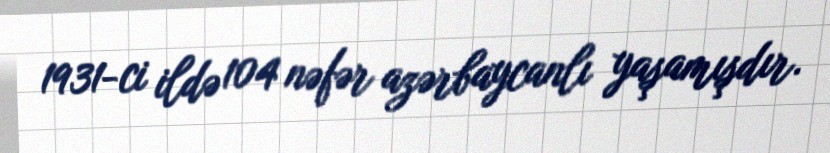
1931-ci ildə 104 nəfər azərbaycanlı yaşamışdır.